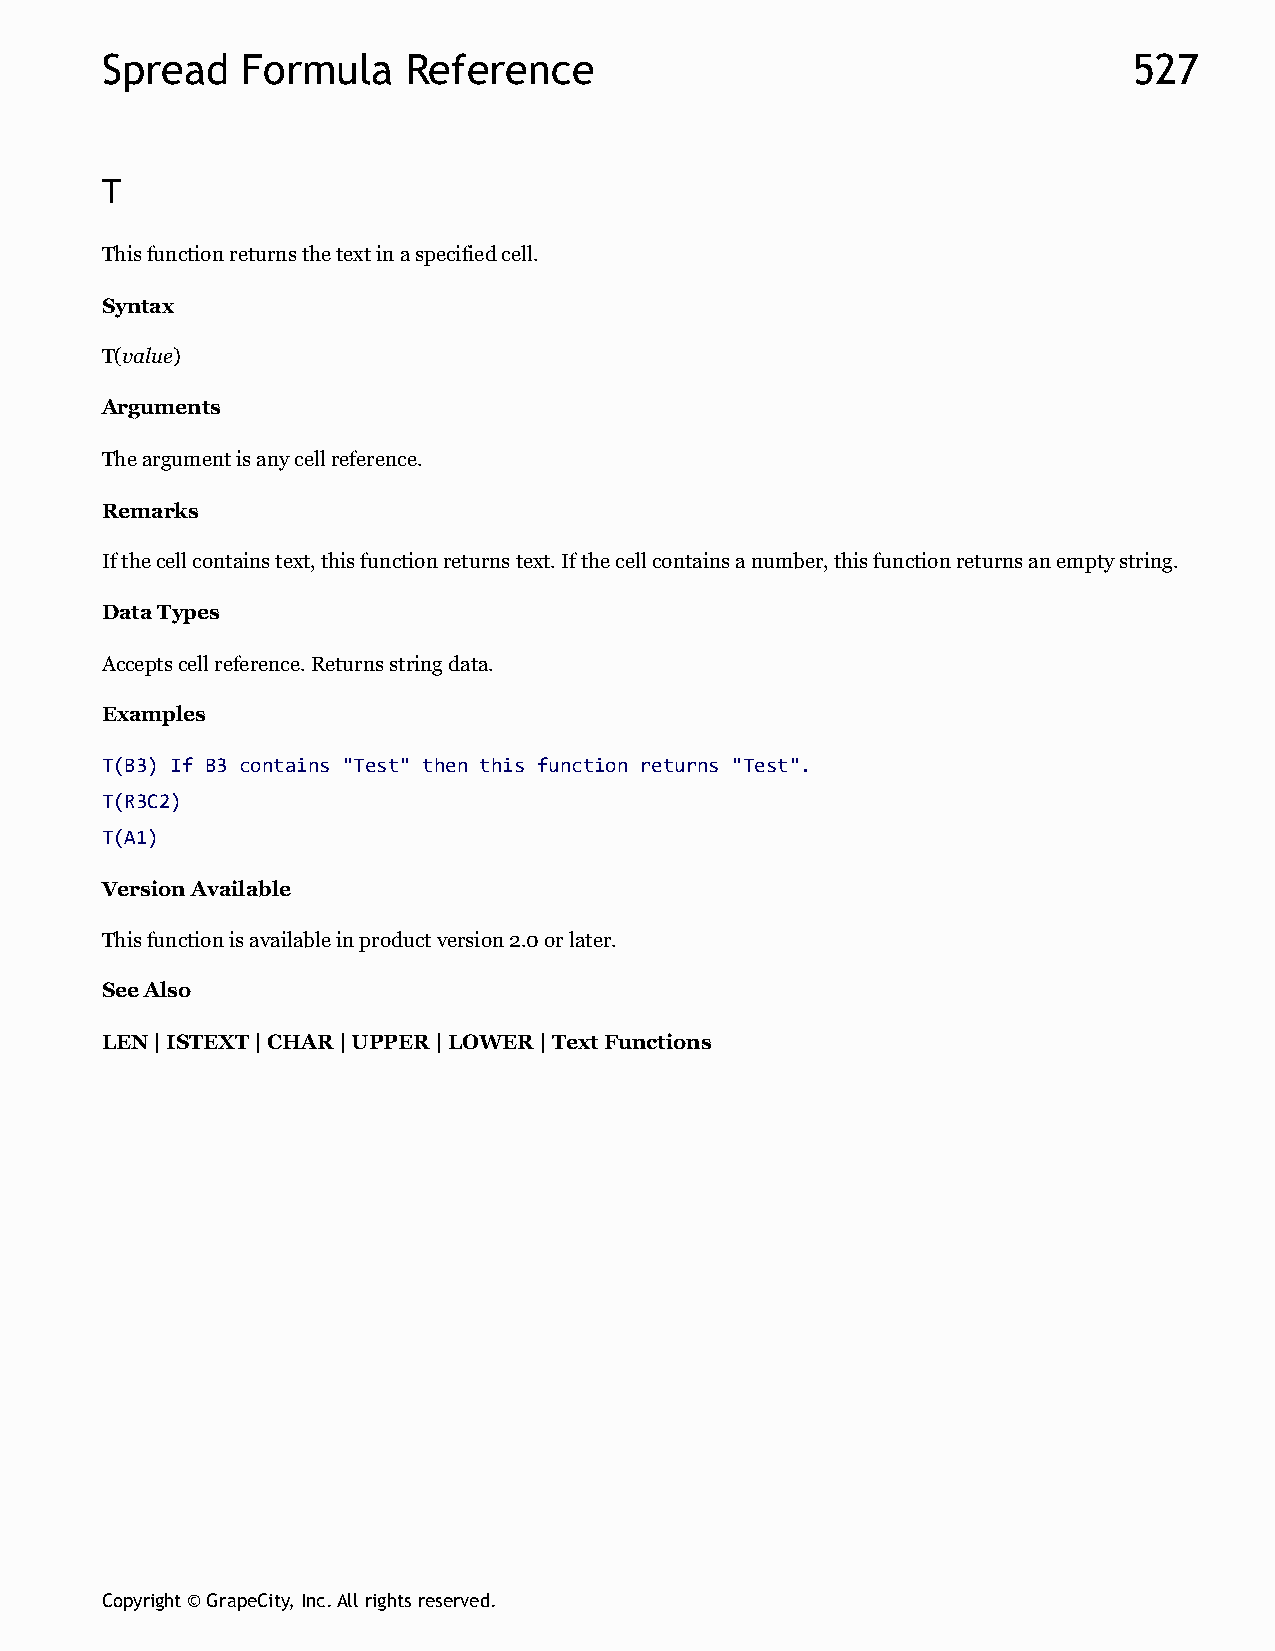
Spread   Formula    Reference                                       527
 T
 This function returns the text in a specified cell.
 Syntax
 T(value)
 Arguments
 The argument is any cell reference.
 Remarks
 If the cell contains text, this function returns text. If the cell contains a number, this function returns an empty string.
 Data Types
 Accepts cell reference. Returns string data.
 Examples
 T(B3) If B3 contains "Test" then this function returns "Test".
 T(R3C2)
 T(A1)
 Version Available
 This function is available in product version 2.0 or later.
 See Also
 LEN | ISTEXT | CHAR | UPPER | LOWER | Text Functions
 Copyright © GrapeCity, Inc. All rights reserved.